Report on certain features of malaria in the island of Salsette
Disease focus: Malaria
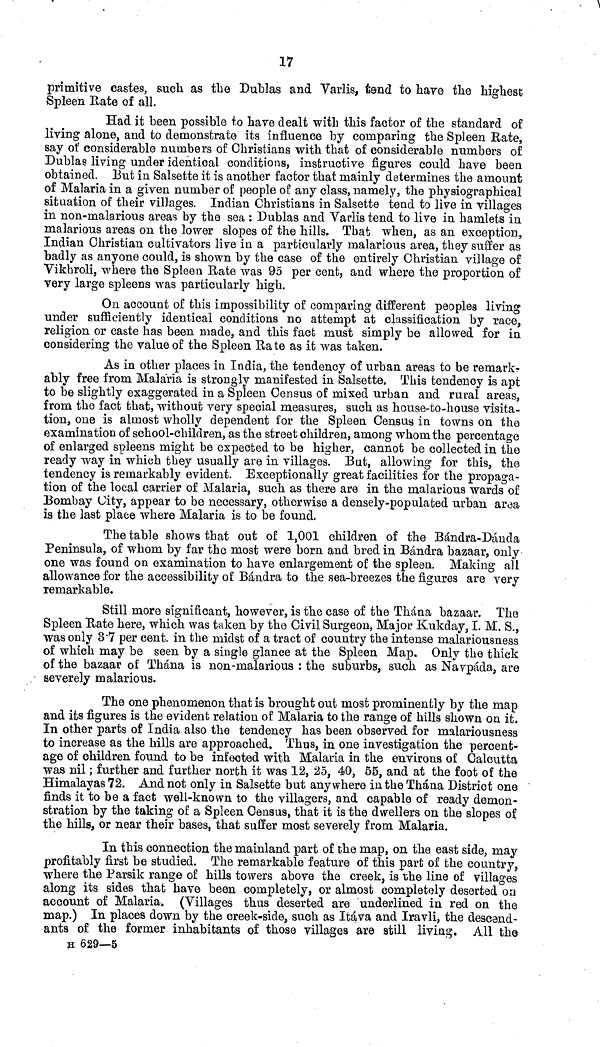
17
primitive castes, such as the Dublas and Varlis, tend to have the highest
Spleen Rate of all.
Had it been possible to have dealt with this factor of the standard of
living alone, and to demonstrate its influence by comparing the Spleen Rate,
say of considerable numbers of Christians with that of considerable numbers of
Dublas living under identical conditions, instructive figures could have been
obtained. But in Salsette it is another factor that mainly determines the amount
of Malaria in a given number of people of any class, namely, the physiographical
situation of their villages. Indian Christians in Salsette tend to live in villages
in non-malarious areas by the sea : Dublas and Varlis tend to live in hamlets in
malarious areas on the lower slopes of the hills. That when, as an exception,
Indian Christian cultivators live in a particularly malarious area, they suffer as
badly as anyone could, is shown by the case of the entirely Christian village of
Vikhroli, where the Spleen Hate was 95 per cent, and where the proportion of
very large spleens was particularly high.
On account of this impossibility of comparing different peoples living
under sufficiently identical conditions no attempt at classification by race,
religion or caste has been made, and this fact must simply be allowed for in
considering the value of the Spleen Ha te as it was taken.
As in other places in India, the tendency of urban areas to be remark-
ably free from Malaria is strongly manifested in Salsette. This tendency is apt
to be slightly exaggerated in a Spleen Census of mixed urban and rural areas,
from the fact that, without very special measures, such as house-to-house visita-
tion, one is almost wholly dependent for the Spleen Census in towns on the
examination of school-children, as the street children, among whom the percentage
of enlarged spleens might be expected to be higher, cannot be collected in the
ready way in which they usually are in villages. But, allowing for this, the
tendency is remarkably evident. Exceptionally great facilities for the propaga-
tion of the local carrier of Malaria, such as there are in the malarious wards of
Bombay Uity, appear to be necessary, otherwise a densely-populated urban area
is the last place where Malaria is to be found.
The table shows that out of 1001 children of the Bándra-Dánda
Peninsula, of whom by far the most were born and bred in Bándra bazaar, only
one was found on examination to have enlargement of the spleen. Making all
allowance for the accessibility of Bándra to the sea-breezes the figures are very
remarkable.
Still more significant, however, is the case of the Thána bazaar. The
Spleen Rate here, which was taken by the Civil Surgeon, Major Kukday, I. M. S.,
was only 3.7 per cent, in the midst of a tract of country the intense malariousness
of which may be seen by a single glance at the Spleen Map. Only the thick
of the bazaar of Thána is non-malarious : the suburbs, such as Navpada, are
severely malarious.
The one phenomenon that is brought out most prominently by the map
and its figures is the evident relation of Malaria to the range of hills shown on it.
In other parts of India also the tendency has been observed for malariousness
to increase as the hills are approached. Thus, in one investigation the percent-
age of children found to be infected with Malaria in the environs of Calcutta
was nil ; further and further north it was 12, 25, 40, 55, and at the foot of the
Himalayas 72. And not only in Salsette but anywhere in the Thána District one
finds it to be a fact well-known to the villagers, and capable of ready demon-
stration by the taking of a Spleen Census, that it is the dwellers on the slopes of
the hills, or near their bases, that suffer most severely from Malaria.
In this connection the mainland part of the map, on the east side, may
profitably first be studied. The remarkable feature of this part of the country,
where the Parsik range of hills towers above the creek, is the line of villages
along its sides that have been completely, or almost completely deserted on
account of Malaria. (Villages thus deserted are underlined in red on the
map.) In places down by the creek-side, such as Itáva and Iravli, the descend-
ants of the former inhabitants of those villages are still living. All the
H 629—5